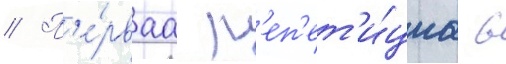
// П'е́рваа р'еп'ет'и́циа в